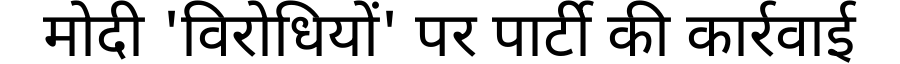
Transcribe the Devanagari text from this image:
मोदी 'विरोधियों' पर पार्टी की कार्रवाई